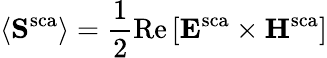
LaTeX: \langle\mathbf{S}^{\mathrm{sca}}\rangle=\frac{1}{2}\mathrm{Re}\left[\mathbf{E}^{\mathrm{sca}}\times\mathbf{H}^{\mathrm{sca}}\right]